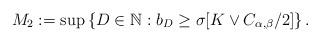
LaTeX: \begin{align*}M_2:= \sup \left\{ D \in \mathbb{N}: b_D \geq \sigma [K \vee C_{\alpha,\beta}/2]\right\}.\end{align*}